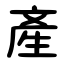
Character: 產